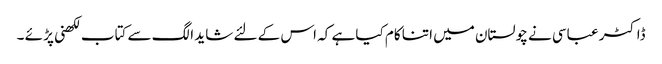
ڈاکٹر عباسی نے چولستان میں اتنا کام کیا ہے کہ اس کے لئے شاید الگ سے کتاب لکھنی پڑ ئے ۔